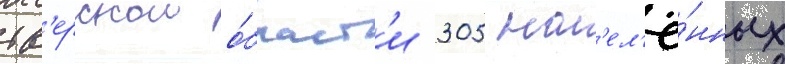
тв'ерскои о́бласт'и 305 нас'ел'ё́нных